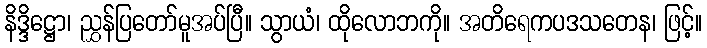
နိဒ္ဒိဋ္ဌော၊ ညွှန်ပြတော်မူအပ်ပြီ။ သွာယံ၊ ထိုလောဘကို။ အတိရေကပဒသတေန၊ ဖြင့်။